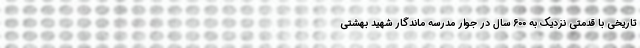
تاریخی با قدمتی نزدیک به ۶۰۰ سال در جوار مدرسه ماندگار شهید بهشتی